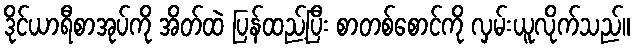
ဒိုင်ယာရီစာအုပ်ကို အိတ်ထဲ ပြန်ထည့်ပြီး စာတစ်စောင်ကို လှမ်းယူလိုက်သည်။